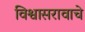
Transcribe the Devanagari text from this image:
विश्वासरावाचे